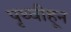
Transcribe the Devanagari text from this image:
पृथ्वीहून